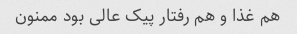
هم غذا و هم رفتار پیک عالی بود ممنون